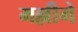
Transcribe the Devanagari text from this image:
मल्लीगे